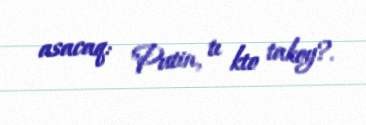
asacaq: "Putin, tı kto takoy?.